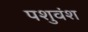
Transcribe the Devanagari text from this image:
पशुवंश